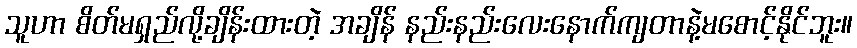
သူဟာ စိတ်မရှည်လို့ချိန်းထားတဲ့ အချိန် နည်းနည်းလေးနောက်ကျတာနဲ့မစောင့်နိုင်ဘူး။